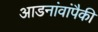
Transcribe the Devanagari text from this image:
आडनांवांपैकी